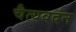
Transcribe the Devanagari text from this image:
चैत्यवदंन